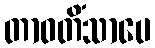
တာဝတိံသာပေ